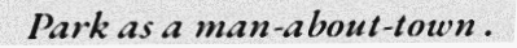
Park as a man-about-town .